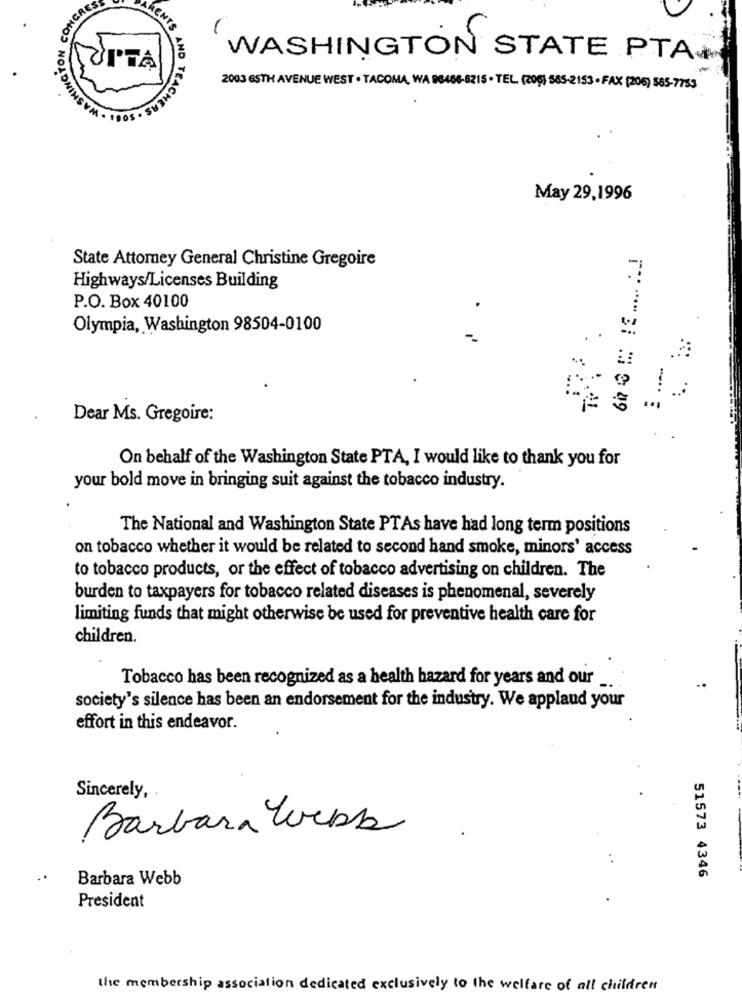
Con
HINGYON
AND
WASHINGTON STATE PTA
TUPTA
2003 65TH AVENUE WEST . TACOMA, WA 96466-6215 . TEL. (209) 565-2153 · FAX (206) 585-7753
May 29,1996
State Attorney General Christine Gregoire
Highways/Licenses Building
P.O. Box 40100
Olympia, Washington 98504-0100
.
...
.. :
Dear Ms. Gregoire:
On behalf of the Washington State PTA, I would like to thank you for
your bold move in bringing suit against the tobacco industry.
The National and Washington State PTAs have had long term positions
on tobacco whether it would be related to second hand smoke, minors' access
to tobacco products, or the effect of tobacco advertising on children. The
burden to taxpayers for tobacco related diseases is phenomenal, severely
limiting funds that might otherwise be used for preventive health care for
children.
Tobacco has been recognized as a health hazard for years and our
society's silence has been an endorsement for the industry. We applaud your
effort in this endeavor.
Sincerely,
Barbara Webs
Barbara Webb
51573 4346
President
the membership association dedicated exclusively to the welfare of all children